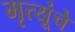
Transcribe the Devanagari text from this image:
मृत्यूंचे